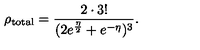
\rho _ { \mathrm { t o t a l } } = \frac { 2 \cdot 3 ! } { ( 2 e ^ { \frac { \eta } { 2 } } + e ^ { - \eta } ) ^ { 3 } } . \,